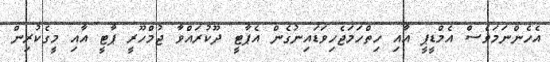
އެހެންނަމަވެސް އެމްޑީޕީ އާއި ހިތްހަމަޖެހިވަޑައިނުގެން އެޕާޓީ ދޫކުރައްވާ ޖުމްހޫރީ ޕާޓީ އާއި މީގެކުރިން